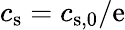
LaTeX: c_{\mathrm{s}}=c_{\mathrm{s},0}/\mathrm{e}